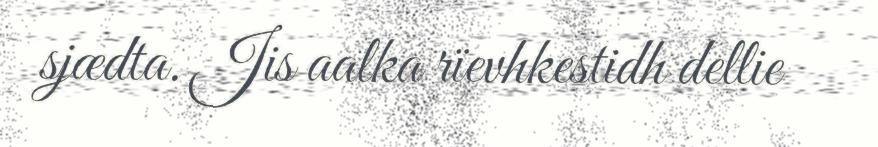
sjædta. Jis aalka rïevhkestidh dellie